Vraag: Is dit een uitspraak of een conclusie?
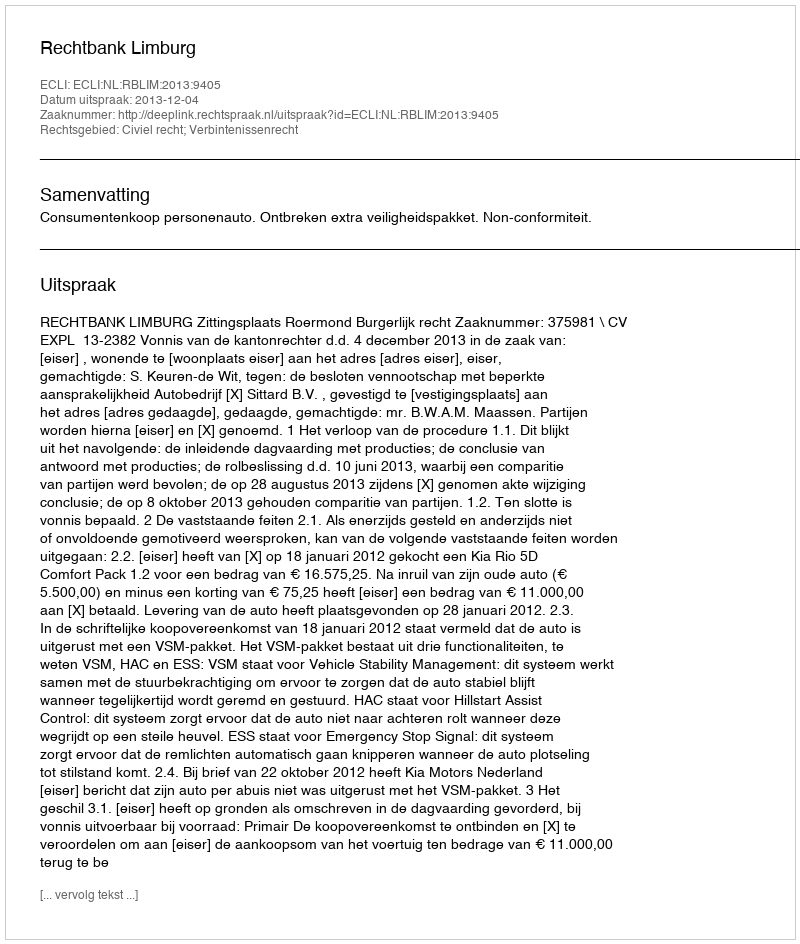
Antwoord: Uitspraak